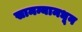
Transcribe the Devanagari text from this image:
सामन्यामधून